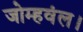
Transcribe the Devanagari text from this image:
जोम्हवंल।